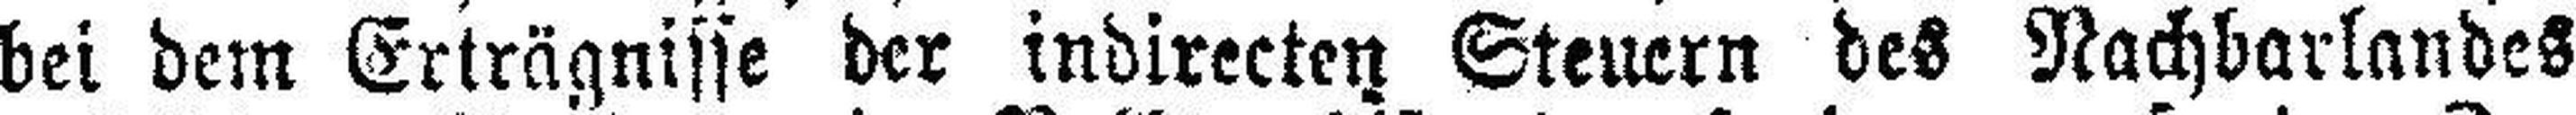
bei dem Erträgnisse der indirecten Steuern des Nachbarlandes